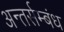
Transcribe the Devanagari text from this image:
अन्तर्सम्बंध